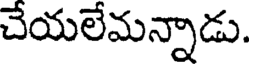
చేయలేమన్నాడు.